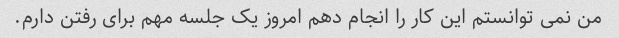
من نمی توانستم این کار را انجام دهم امروز یک جلسه مهم برای رفتن دارم.